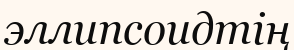
эллипсоидтің